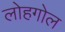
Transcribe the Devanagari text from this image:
लोहगोल